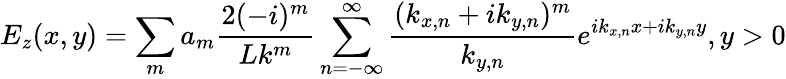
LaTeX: E_{z}(x,y)=\sum_{m}a_{m}\frac{2(-i)^{m}}{Lk^{m}}\sum_{n=-\infty}^{\infty}\frac{(k_{x,n}+ik_{y,n})^{m}}{k_{y,n}}e^{ik_{x,n}x+ik_{y,n}y},y>0